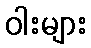
ဝါးများ